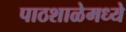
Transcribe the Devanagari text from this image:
पाठशाळेमध्ये